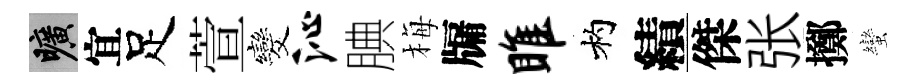
曠宜足萱发沁腆梅牖雎杓績傑张擲蠻